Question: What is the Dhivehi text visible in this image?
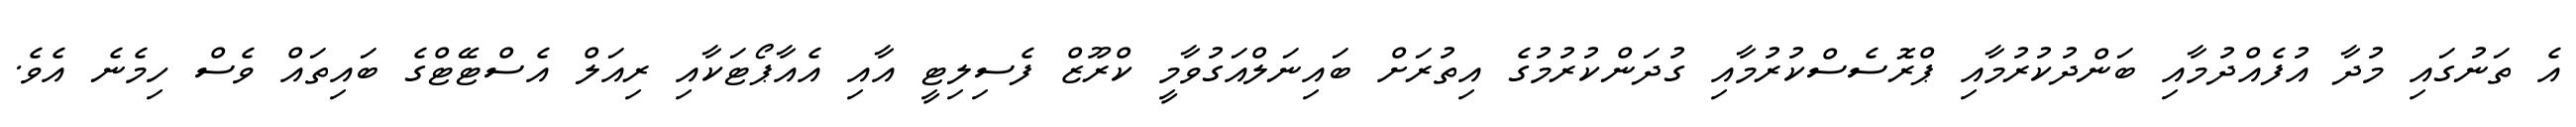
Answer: އެ ތަނުގައި މުދާ އުފެއްދުމާއި ބަންދުކުރުމާއި ޕްރޮސެސްކުރުމާއި ގުދަންކުރުމުގެ އިތުރަށް ބައިނަލްއަގުވާމީ ކްރޫޒް ފެސިލިޓީ އާއި އެއާޕޯޓަކާއި ރިއަލް އެސްޓޭޓްގެ ބައިތައް ވެސް ހިމެނެ އެވެ.